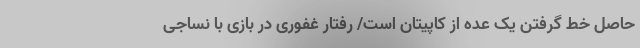
حاصل خط گرفتن یک عده از کاپیتان است/ رفتار غفوری در بازی با نساجی